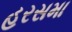
હરસમા